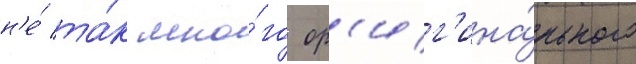
н'е́ та́к мно́го ор'иг'ина́льного